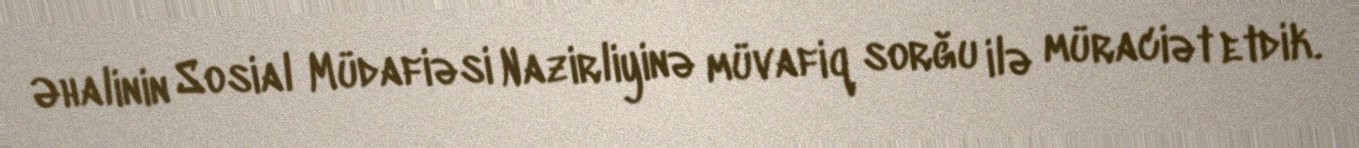
Əhalinin Sosial Müdafiəsi Nazirliyinə müvafiq sorğu ilə müraciət etdik.